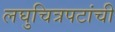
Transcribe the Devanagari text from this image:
लघुचित्रपटांची